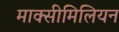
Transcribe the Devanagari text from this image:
माक्सीमिलियन